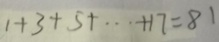
1 + 3 + 5 \cdots + 1 7 = 8 1